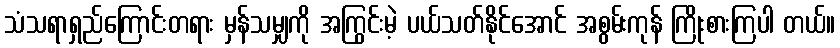
သံသရာရှည်ကြောင်းတရား မှန်သမျှကို အကြွင်းမဲ့ ပယ်သတ်နိုင်အောင် အစွမ်းကုန် ကြိုးစားကြပါ တယ်။